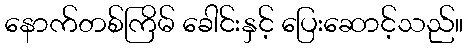
နောက်တစ်ကြိမ် ခေါင်းနှင့် ပြေးဆောင့်သည်။